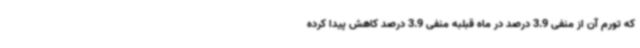
که تورم آن از منفی 3.9 درصد در ماه قبلبه منفی 3.9 درصد کاهش پیدا کرده